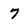
Character: 7